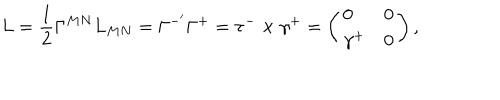
L = \frac { 1 } { 2 } \Gamma ^ { M N } L _ { M N } = \Gamma ^ { - ^ { \prime } } \Gamma ^ { + } = \tau ^ { - } \times \gamma ^ { + } = \left( \begin{array} { l l } { { 0 } } & { { 0 } } \\ { { \gamma ^ { + } } } & { { 0 } } \\ \end{array} \right) ,